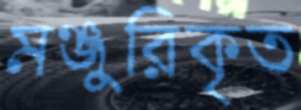
মঞ্জুরিকৃত